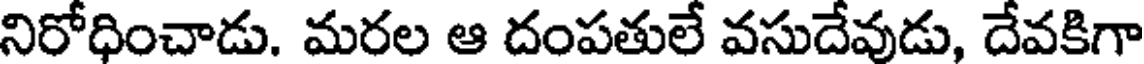
నిరోధించాడు. మరల ఆ దంపతులే వసుదేవుడు, దేవకిగా